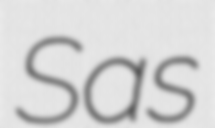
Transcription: Sas